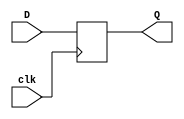
module Flip_Flop(clk,D,Q);
    input clk,D;
    output reg Q=0;
    always @(posedge clk) begin
        Q=D;
    end
endmodule
// The above sets up a D-flip-flop that is used twice
// It is sets the left mic as the Clk input of the 1st D FF and the right mic as a D input
// The 2nd FF is set with the output of the 1st Q1 and the clk from the basys 2 board to sync the 
// input of the signals to the board to avoid timing issues with the FFs


module MicFlip_Flops(input clk,RightMic,LeftMic, output RvL);
    reg Neg_RMic = 0, Neg_LMic=0, Pos_RMic, Pos_LMic;
    wire Q1,L,R;

    // posegde and negedge the clock to work around not being able to update
    // the always block anytime the clk changes naturally
    always@(posedge clk) begin
        Pos_RMic=RightMic;
        Pos_LMic=LeftMic;
    end
    always@(negedge clk) begin
        Neg_RMic=RightMic;
        Neg_LMic=LeftMic;
    end
    assign L = Pos_LMic|Neg_LMic;
    assign R = Pos_RMic|Neg_RMic;
    Flip_Flop S0(L,R,Q1);
    Flip_Flop S1(clk,Q1,RvL);
endmodule